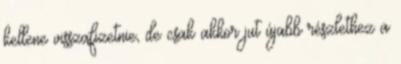
kellene visszafizetnie, de csak akkor jut újabb részlethez a